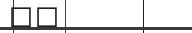
١٢